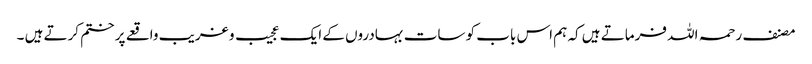
مصنف رحمہ اللہ فرماتے ہیں کہ ہم اس باب کو سات بہادروں کے ایک عجیب و غریب واقعے پر ختم کرتے ہیں ۔